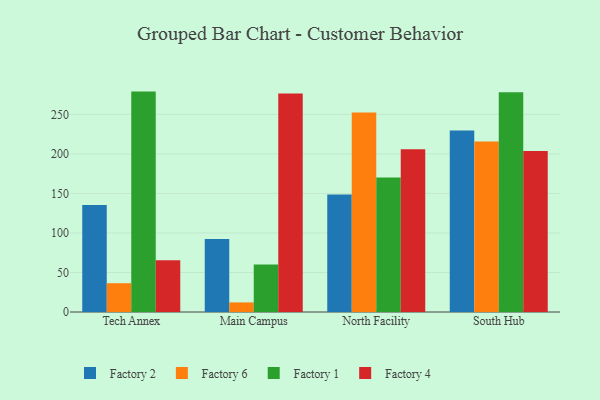
{"axis": {"x": "Campus", "y": "Population (Million)"}, "legend": ["Factory 1", "Factory 2", "Factory 4", "Factory 6"], "data": [{"x": "Tech Annex", "y": 135.4, "type": "Factory 2"}, {"x": "Tech Annex", "y": 36.4, "type": "Factory 6"}, {"x": "Tech Annex", "y": 278.8, "type": "Factory 1"}, {"x": "Tech Annex", "y": 65.4, "type": "Factory 4"}, {"x": "Main Campus", "y": 92.5, "type": "Factory 2"}, {"x": "Main Campus", "y": 12.1, "type": "Factory 6"}, {"x": "Main Campus", "y": 60.2, "type": "Factory 1"}, {"x": "Main Campus", "y": 276.5, "type": "Factory 4"}, {"x": "North Facility", "y": 148.6, "type": "Factory 2"}, {"x": "North Facility", "y": 252.3, "type": "Factory 6"}, {"x": "North Facility", "y": 170.1, "type": "Factory 1"}, {"x": "North Facility", "y": 205.9, "type": "Factory 4"}, {"x": "South Hub", "y": 229.6, "type": "Factory 2"}, {"x": "South Hub", "y": 215.8, "type": "Factory 6"}, {"x": "South Hub", "y": 278.0, "type": "Factory 1"}, {"x": "South Hub", "y": 203.7, "type": "Factory 4"}]}